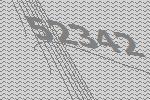
52342